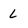
Character: L